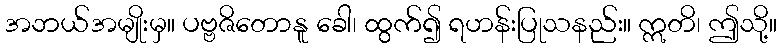
အဘယ်အမျိုးမှ။ ပဗ္ဗဇိတောနူ ခေါ၊ ထွက်၍ ရဟန်းပြုသနည်း။ ဣတိ၊ ဤသို့။